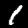
Digit: 1